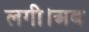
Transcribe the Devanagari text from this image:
लगी।अब